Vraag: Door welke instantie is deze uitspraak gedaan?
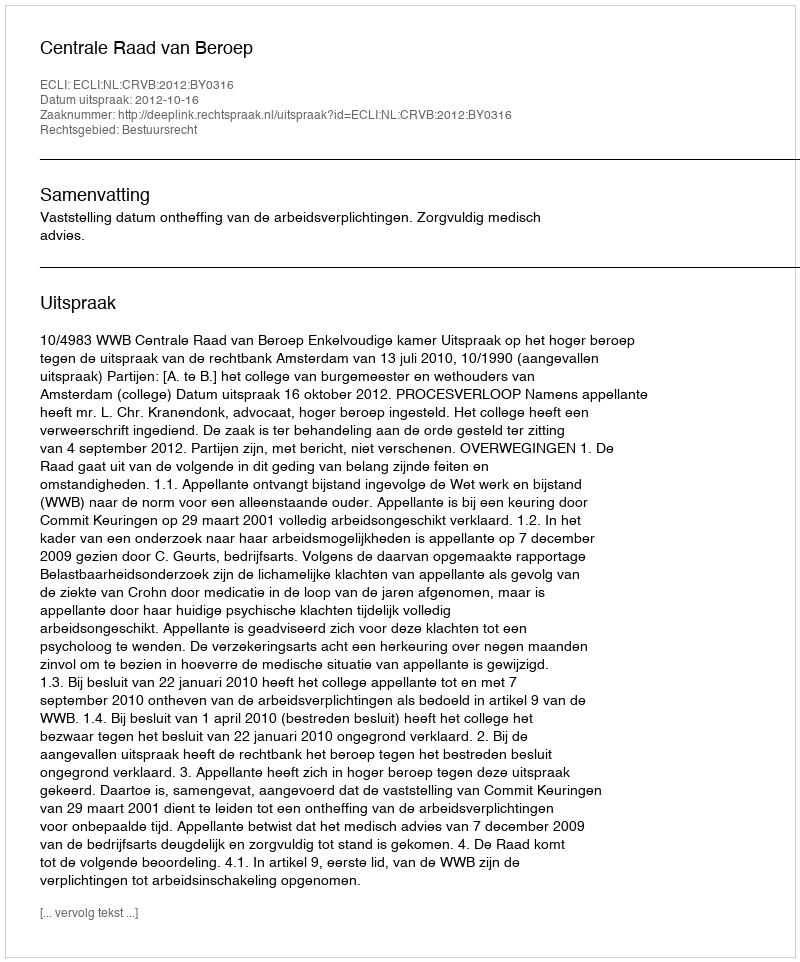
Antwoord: Centrale Raad van Beroep